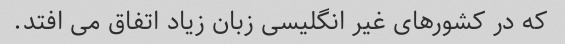
که در کشورهای غیر انگلیسی زبان زیاد اتفاق می افتد.